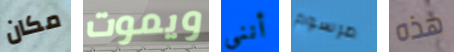
مكان ويموت أنني مرسوم هذه